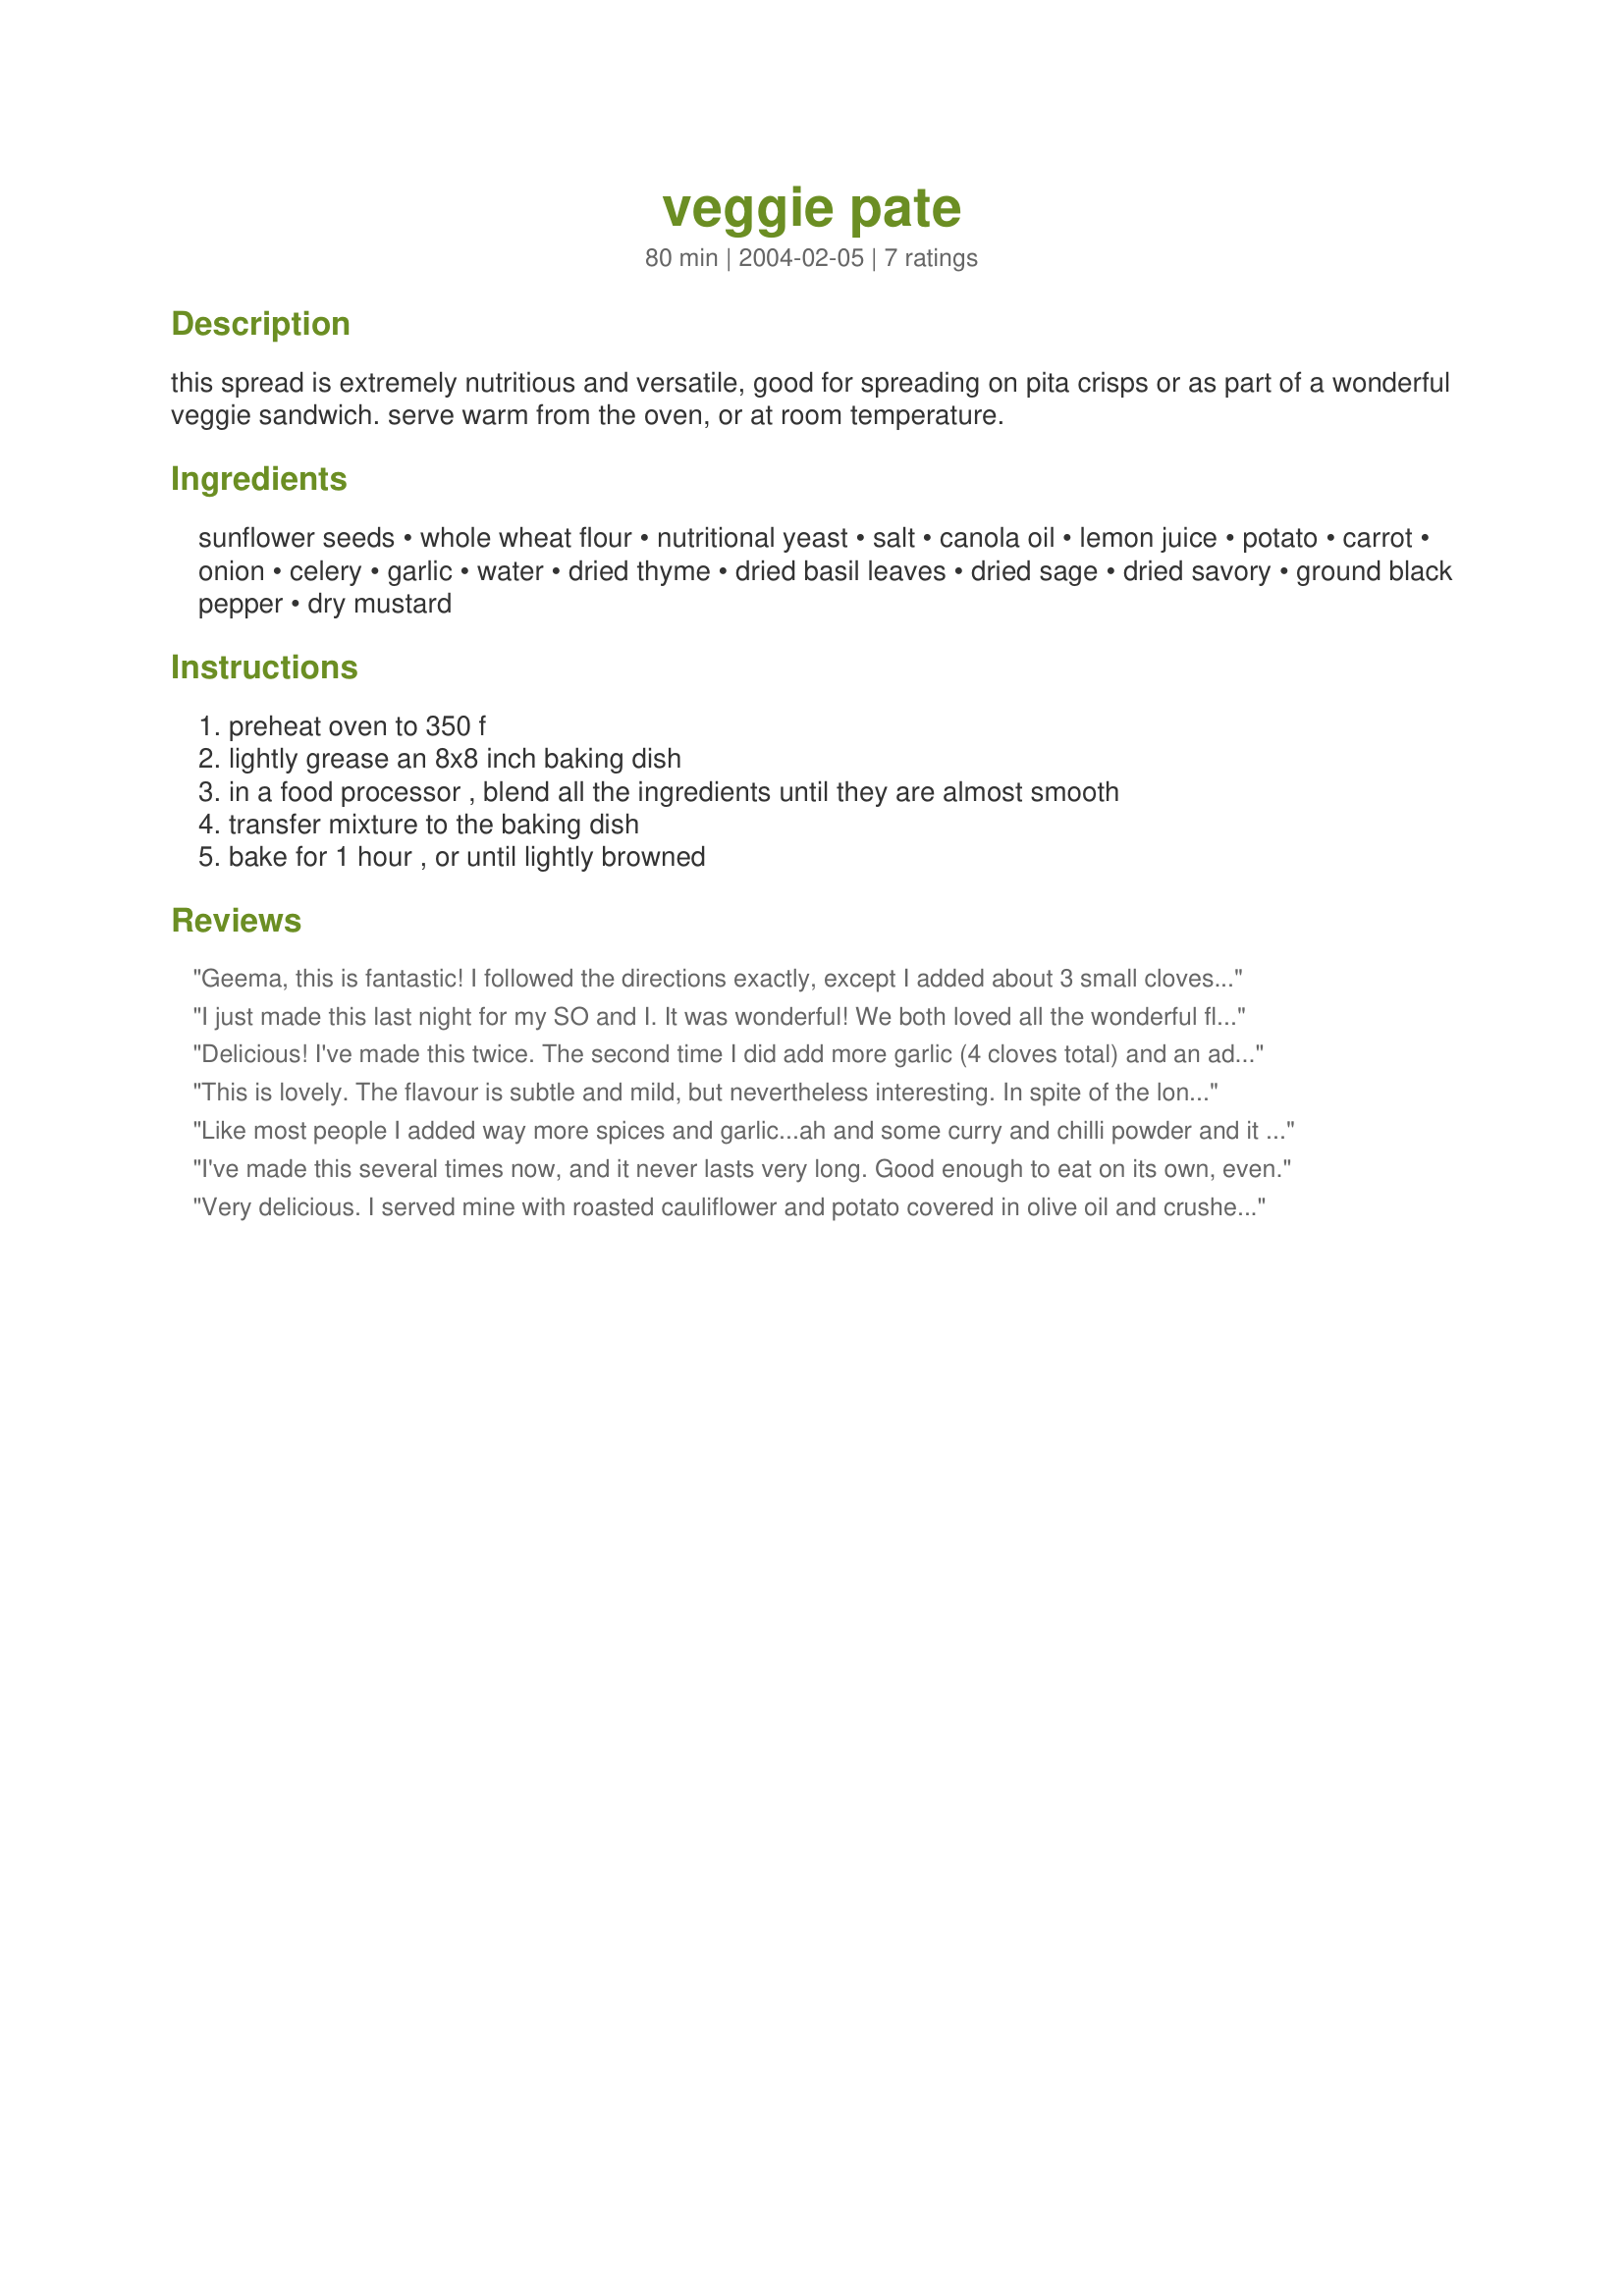
veggie pate
Preparation time: 80 minutes

this spread is extremely nutritious and versatile, good for spreading on pita crisps or as part of a wonderful veggie sandwich. serve warm from the oven, or at room temperature.

Ingredients:
sunflower seeds, whole wheat flour, nutritional yeast, salt, canola oil, lemon juice, potato, carrot, onion, celery, garlic, water, dried thyme, dried basil leaves, dried sage, dried savory, ground black pepper, dry mustard

Steps:
preheat oven to 350 f, lightly grease an 8x8 inch baking dish, in a food processor , blend all the ingredients until they are almost smooth, transfer mixture to the baking dish, bake for 1 hour , or until lightly browned

Reviews:
Geema, this is fantastic! I followed the directions exactly, except I added about 3 small cloves of garlic instead of just one and forgot the lemon juice (oops!). Oh, I also didn't peel the potato- I never do. I figure why throw out the most/only nutritious part of them? Wonderful flavor and texture. It's actually surprisingly easy because you can just throw everything in the food processor and let that do all the work for you. The nutritional yeast adds a great very subtle cheesy flavor. It sort of reminds me of hummus, but not quite. A very pretty dish, actually. We've tried it warm, cold and at room temperature and all are absolutely delicious. This does make a lot though, I would agree with the other reviewer in saying that it probably makes more like 3-4 cups rather than two. Excellent recipe. I would defintely make this again. The recipe worked exactly as stated.
I just made this last night for my SO and I. It was wonderful! We both loved all the wonderful flavors. My variations were fresh basil instead of dried, 2 cloves of garlic, didn't use savory, added more sage. Also, I wanted to be sure I got the full flavor from my herbs abnd garlic, so I sauteed them in part of the oil before adding to the mixture. When it was all baked, it reminded us of a veggie stuffing. Because size varies on the veggies your using, I would only add as much water as needed. I used the full 1 1/2 cups and wish that I would have only used 1 cup, so I would have a thicker texture.
We served this with wild and brown rice along with tofu and veggie gravy. 
Best dinner I've had in a long time!
Delicious! I've made this twice. The second time I did add more garlic (4 cloves total) and an additional teaspoon of mustard. This recipe also freezes beautifully.
This is lovely. The flavour is subtle and mild, but nevertheless interesting. In spite of the long list of ingredients, it was quick and easy to make. Possibly my veggies were on the large size, because I would say it made more like 4 cups of pate.
Like most people I added way more spices and garlic...ah and some curry and chilli powder and it was delicious ..
I've made this several times now, and it never lasts very long. Good enough to eat on its own, even.
Very delicious. I served mine with roasted cauliflower and potato covered in olive oil and crushed garlic. Yum! I did make a few changes: Barley flour instead of wheat, sunflower oil instead of canola, celeriac instead of celery and I didn't have any savoury or mustard powder, but still turned out fab.
